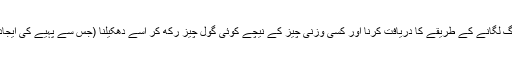
زمانہ قبل از تاریخ کے ادوار میں حضرت انسان کا آگ لگانے کے طریقے کا دریافت کرنا اور کسی وزنی چیز کے نیچے کوئی گول چیز رکھ کر اسے دھکیلنا (جس سے پہیے کی ایجاد ہوئی) سب کچھ ٹیکنالوجی ہی کی ابتدائی اشکال ہیں۔